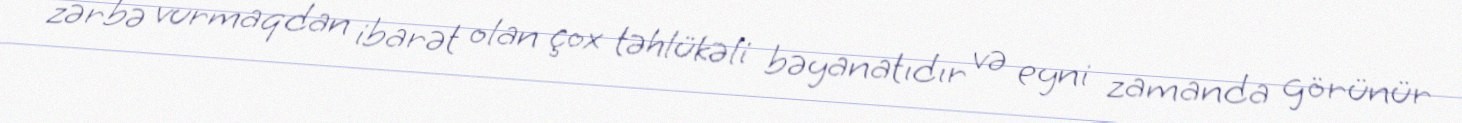
zərbə vurmaqdan ibarət olan çox təhlükəli bəyanatıdır və eyni zamanda görünür